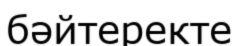
бәйтеректе